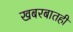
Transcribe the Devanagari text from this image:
खबरबातही